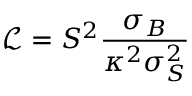
\mathcal { L } = S ^ { 2 } \frac { \sigma _ { B } } { \kappa ^ { 2 } \sigma _ { S } ^ { 2 } }